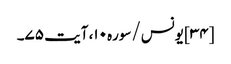
[۳۴] یونس/سوره۱۰، آیت ۷۵۔